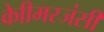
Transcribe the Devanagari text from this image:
केाीमरजंसी